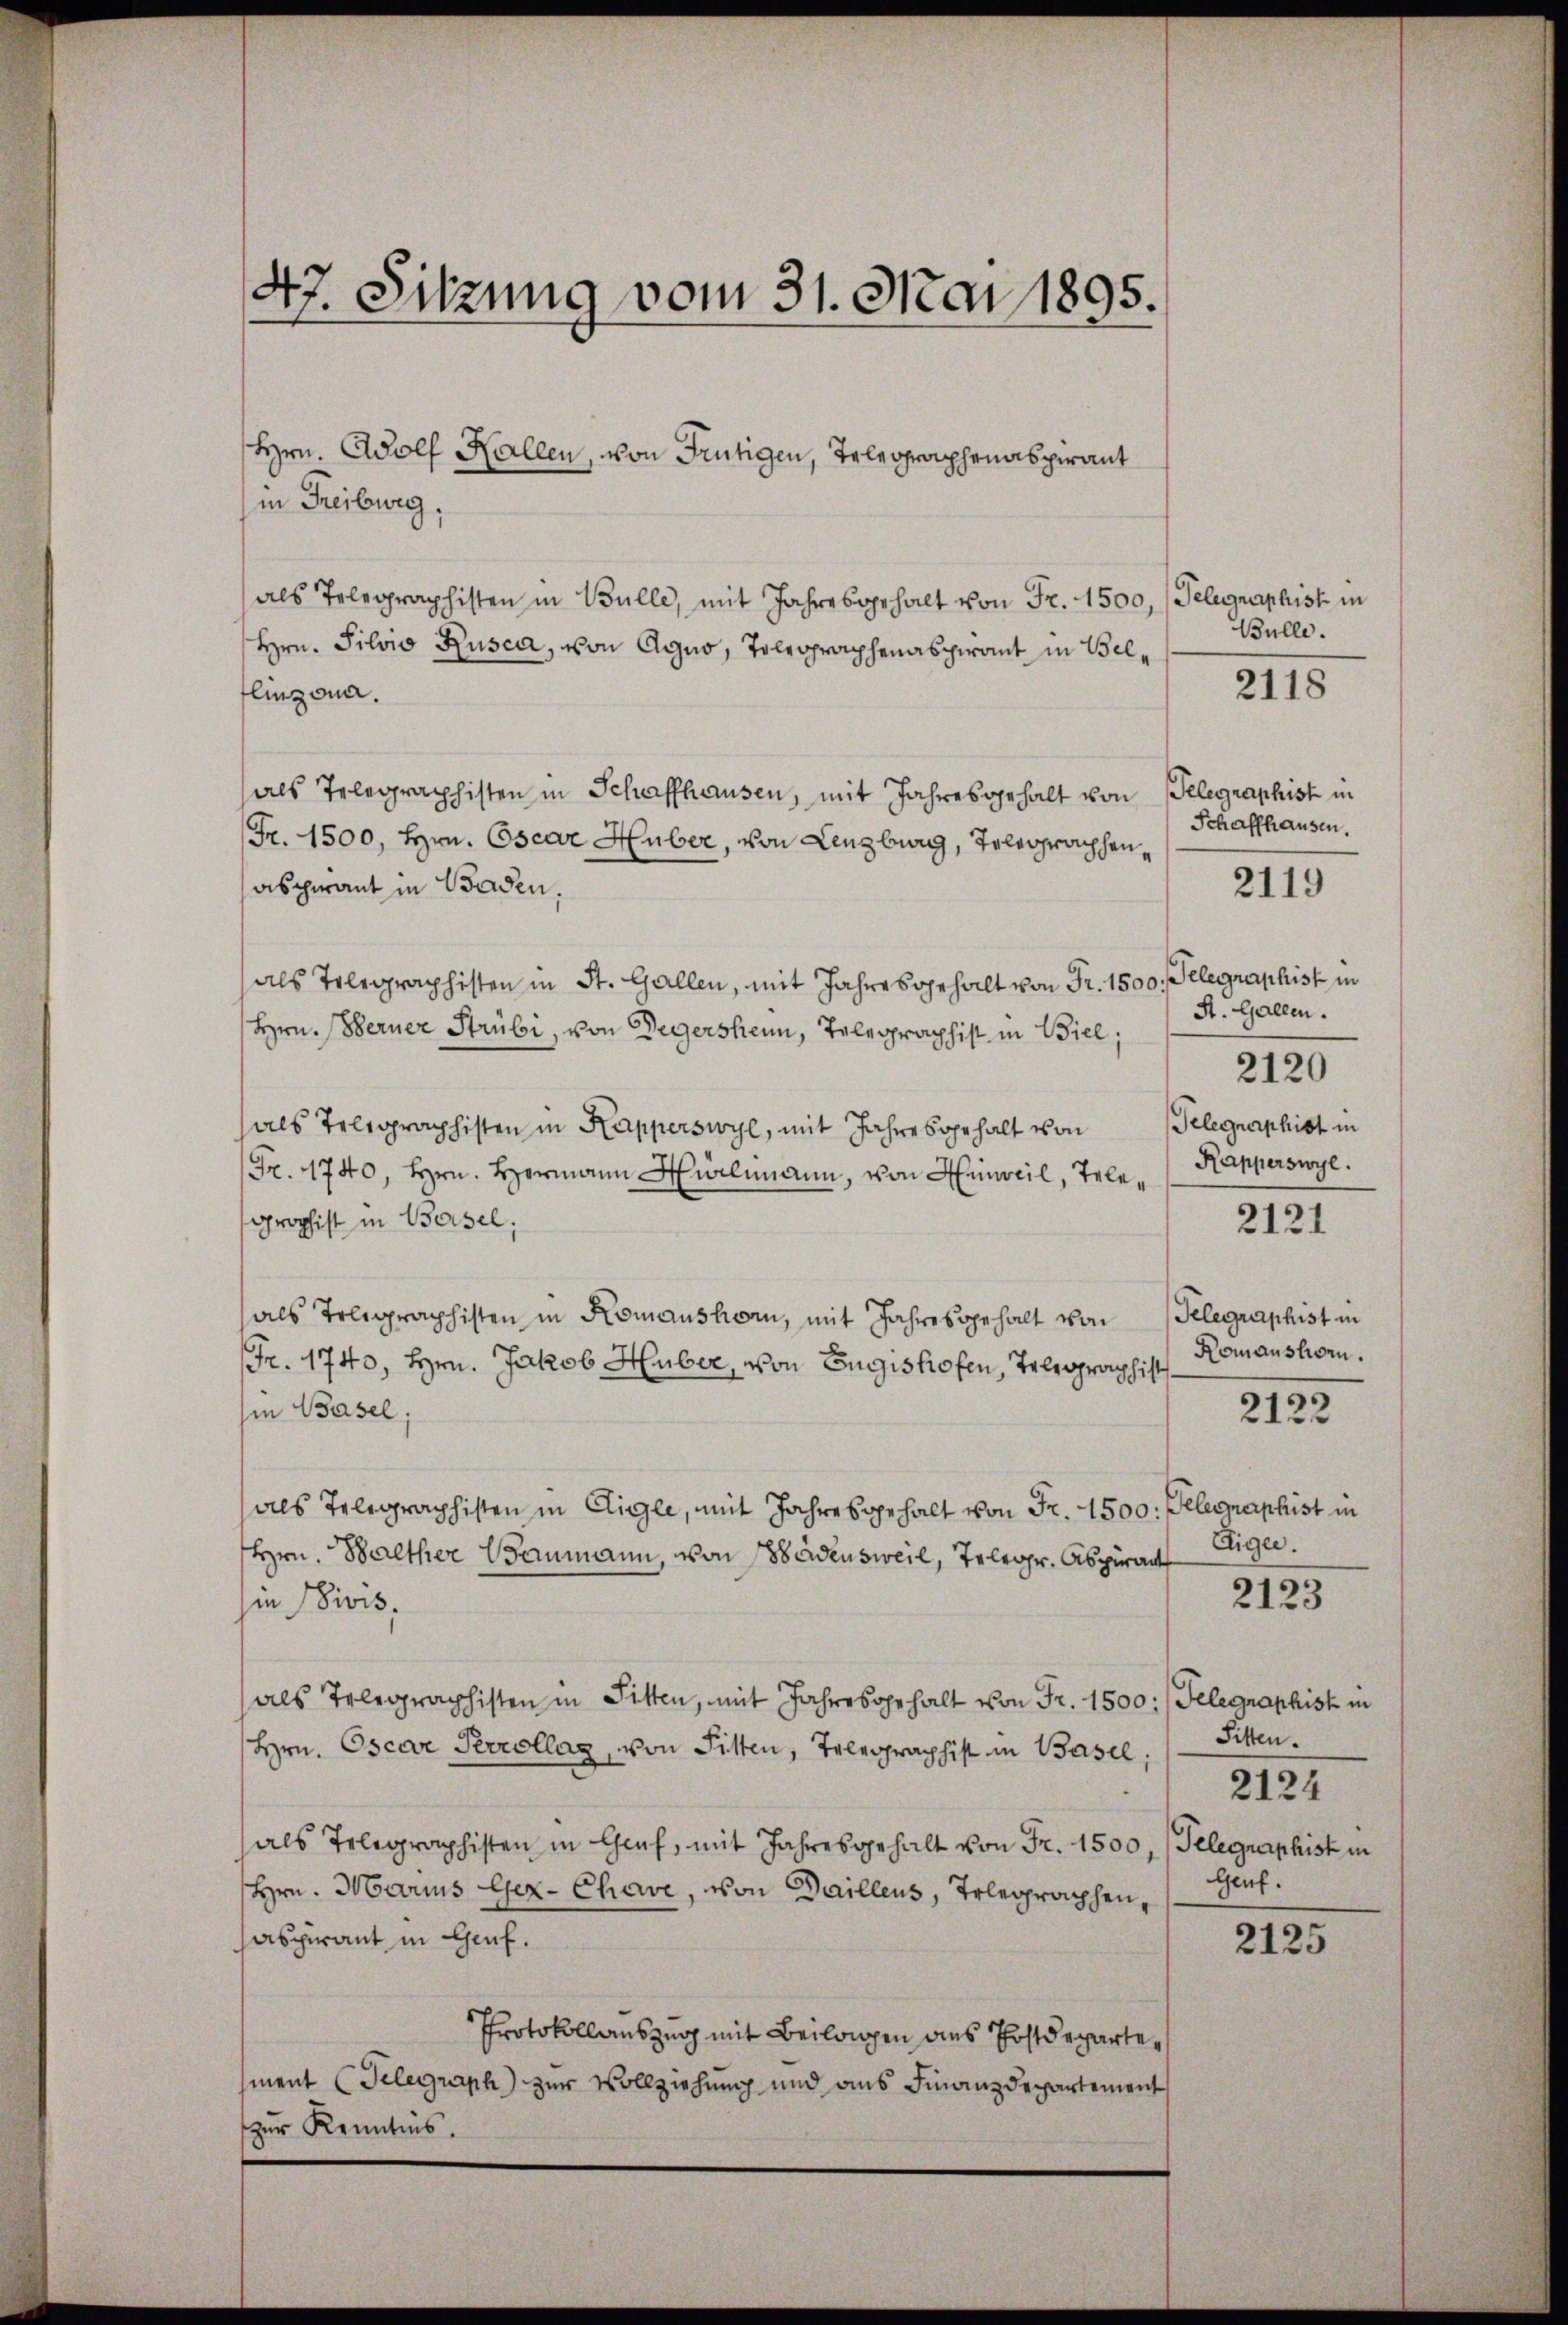
47. Sitzung vom 31. Mai 1895.

in Freiburg,
als Telegraphisten in Bulle, mit Jahresgehalt von Fr. 1500, Telegraphist in
Hrn. Silvio Rusca, von Agno, Tolcoprophenaspirant in Bellinzona.
als Telegraphisten in Schaffhausen, mit Jahresgehalt von Gelegraphist in
Fr. 1500, Hrn. Oscar Huber, von Lenzburg, Teleoprophenaschwant in Baden,
als Telegraphisten in St. Gallen, mit Jahresgehalt von Fr. 1500. Telegraphist in
Hrn. Berner Strübi, von Degersheim, Telegraphist in Biel;
als Telegraphisten in Kapperswyl, mit Jahre begehalt von
Fr. 1740, Hrn. Hermann Hürlimann, von Hinweil, Tele¬
Gropist in Bersel;
als Telegraphisten in Komanshorn, mit Jahresgehalt von Telegraphist in
Fr. 1740, Hrn. Jakob Huber, von Eugishofen, Telegraphist
(in Basel;
als Telegraphisten in Eligle, mit Jahresgehalt von Fr. 1500. Telegraphist in
Hrn. Balther Baumann, von 188 densweil, Telegr. Aspirant
in Divis,
als Telegraphisten in Pitten, mit Jahresgehalt von Fr. 1500:/ Telegraphist in
Hrn. Oscar Perrollag, von Sitten, Telegraphist in Basel.
als Telegraphisten in Graf, mit Jahresgehalt von Fr. 1500, Telegraphist in
Hrn. Maris Gez- Chave, von Daillens, Telegraphen,
abpirant in Genf.
Protokollauszug mit Beilagen ans Postdepartement (Telegraph) zur Vollziehung und aus Finanzdepartement
zur Kenntnis.

Hrn. Wolf Kallen, von Frutigen, Telegraphenaspirant

Bulle.

2118

Schaffhausen.

2119

A. Gallen.
Telegraphist in
Kapperswyl.

2120

2121

Komansliben.

2122

Eigen.

2123

Sitten.
2124
Genf.

2125